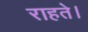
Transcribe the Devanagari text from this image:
राहते।